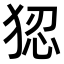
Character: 𭸑